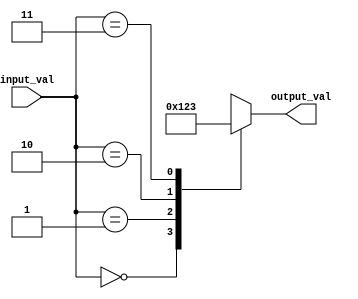
module case_statement_example(
    input wire [1:0] input_val,
    output reg [3:0] output_val
);

initial begin
    case(input_val)
        2'b00: output_val = 4'b0000;
        2'b01: output_val = 4'b0001;
        2'b10: output_val = 4'b0010;
        2'b11: output_val = 4'b0011;
        default: output_val = 4'b1111;
    endcase
end

endmodule